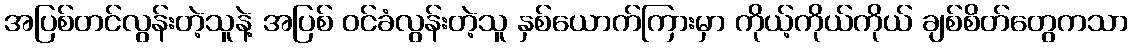
အပြစ်တင်လွန်းတဲ့သူနဲ့ အပြစ် ဝင်ခံလွန်းတဲ့သူ နှစ်ယောက်ကြားမှာ ကိုယ့်ကိုယ်ကိုယ် ချစ်စိတ်တွေကသာ